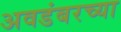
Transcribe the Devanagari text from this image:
अवडंबरच्या